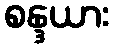
စန္ဒယား